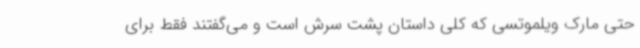
حتی مارک ویلموتسی که کلی داستان پشت‌ سرش است و می‌گفتند فقط برای